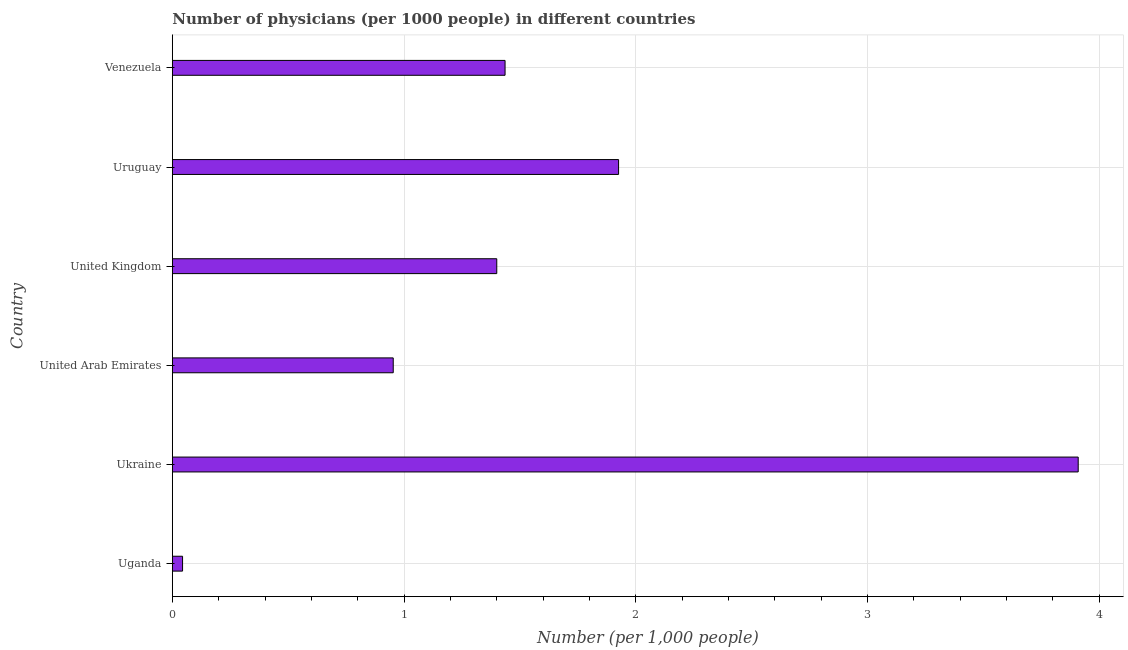
| Country | Physicians |
 | --- | --- |
 | Uganda | 0.0441 |
 | Ukraine | 3.91 |
 | United Arab Emirates | 0.953 |
 | United Kingdom | 1.4 |
 | Uruguay | 1.93 |
 | Venezuela | 1.44 |